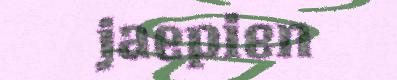
jaepien